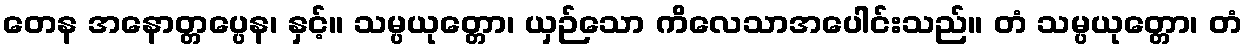
တေန အနောတ္တပ္ပေန၊ နှင့်။ သမ္ပယုတ္တော၊ ယှဉ်သော ကိလေသာအပေါင်းသည်။ တံ သမ္ပယုတ္တော၊ တံ